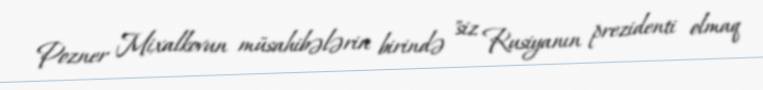
Pozner Mixalkovun müsahibələrin birində "siz Rusiyanın prezidenti olmaq